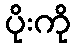
ပိုးကို